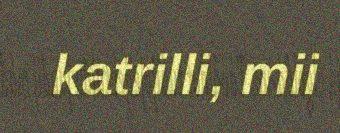
katrilli, mii